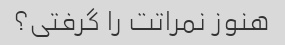
هنوز نمراتت را گرفتی؟